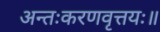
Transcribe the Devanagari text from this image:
अन्तःकरणवृत्तयः॥